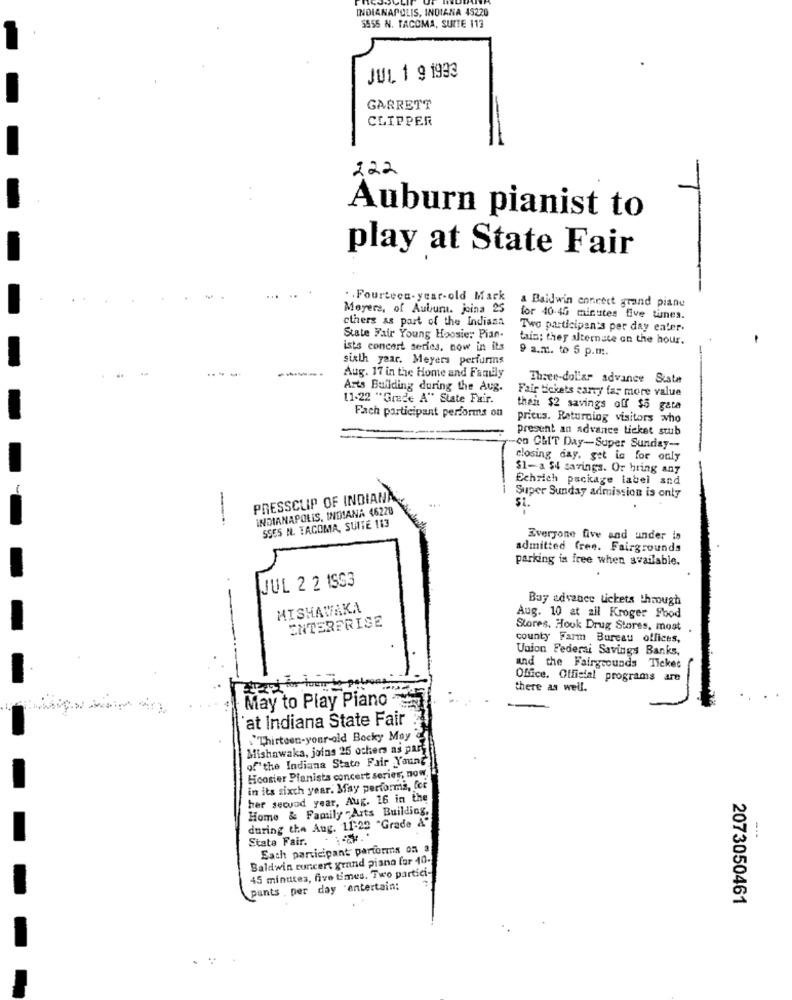
INDIANAPOLIS, INDIANA 45220
5555 N. TACOMA, SUITE 113
JUL 1 9 1933
GARRETT
CLIPPER
222
Auburn pianist to
play at State Fair
.. Fourteen-year-old Mark
Meyers, of Auburn. joina 25
& Baldwin conrect grand piane
others as part of the Indiana
for 40-45 minutes five times.
Two participants per day eater.
State Fair Young Hoosier Pian-
tain; they alternate on the hour.
ists concert series, now in its
9 a.m. to 5 p.m.
sixth year. Meyers perfurms
-
--
-----
Aug. 17 in the Home and Family
Three-dol'ar advance Sista
Arts Building during the Aug.
Fair tickets carry far more value
11-22 "Grade A" State Fuir.
then $2 savings off $5 gate
Fach participant performs on
prices. Returning visitors who
Present an advance ticket stub
on CLIT Day-Super Sunday --
closing day, get ic for only
$1-a $4 savings. Or hring any
Echrich package label and
PRESSCLIP OF INDIAN
Super Sunday admission is only
INDIANAPOLIS, INDIANA 46228
--
SSES ML. TACOMA, SUITE 113
Everyone five and under is
admitted free. Fairgrounds
parking is free when available.
JUL 2 2 1593
Boy advance tickets through
MISHAWAKA
ENTERPRISE
Aug. 10 at ail Kroger Food
Stores, Hook Drug Stores, most
county Farm Bureau offices,
Union Federal Savings Banks,
and the Fairgrounds Ticket
Office. Official programs are
there as well.
May to Play Piano
'at Indiana State Fair
\"Thirteen-your-old Bocky Moy
Mishawaka, joins 25 others as par
of the Indiana State Fair Young
Hoosier Pianists concert series, now,
in its sixth year. May performa, for
her second year, Aug. 16 in the
Home & Family Arts Building,
during the Aug. 11:22 "Grade &"
State Fair. . ..
Each participant parforms on a
Baldwin concert grand piana for 10-
45 minutes, five times. Two partici-
pants . per day "entertain;
2073050461